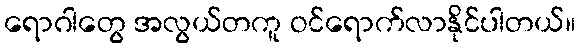
ရောဂါတွေ အလွယ်တကူ ဝင်ရောက်လာနိုင်ပါတယ်။